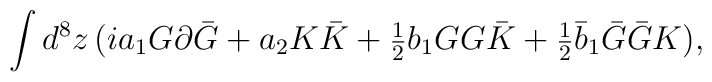
\int d^8z \, (ia_1G\partial \bar G+a_2K\bar K+{\mbox{\small{$\frac12$}}}b_1GG\bar K+{\mbox{\small{$\frac12$}}}\bar b_1\bar G\bar GK),